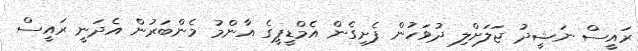
ރައީސް ނަޝީދު ޖަލަށްލި ދުވަހުން ފެށިގެން އެމްޑީޕީގެ އާންމު މެންބަރުން އެދަނީ ރައީސް